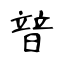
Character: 暜